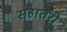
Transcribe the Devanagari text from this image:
सहातरी